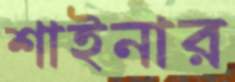
শাইনার